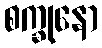
စက္ခုနော